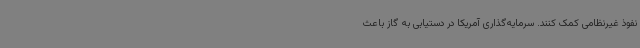
نفوذ غیرنظامی کمک کنند. سرمایه‌گذاری آمریکا در دستیابی به گاز باعث